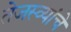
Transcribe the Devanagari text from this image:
तेजस्व्यांचे